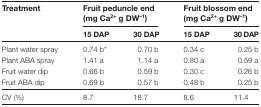
| Treatment | <COLSPAN=2> Fruit peduncle end (mg Ca2+ g DW–1) | <COLSPAN=2> Fruit blossom end (mg Ca2+ g DW–1) |
 |  | 15 DAP | 30 DAP | 15 DAP | 30 DAP |
 | --- | --- | --- | --- | --- |
 | Plant water spray | 0.74 b* | 0.70 b | 0.34 c | 0.25 b |
 | Plant ABA spray | 1.41 a | 1.14 a | 0.80 a | 0.59 a |
 | Fruit water dip | 0.66 b | 0.59 b | 0.30 c | 0.26 b |
 | Fruit ABA dip | 0.69 b | 0.57 b | 0.48 b | 0.25 b |
 | CV (%) | 8.7 | 18.7 | 8.6 | 11.4 |